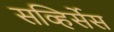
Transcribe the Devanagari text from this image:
सव्हिर्सेस